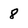
Character: 8